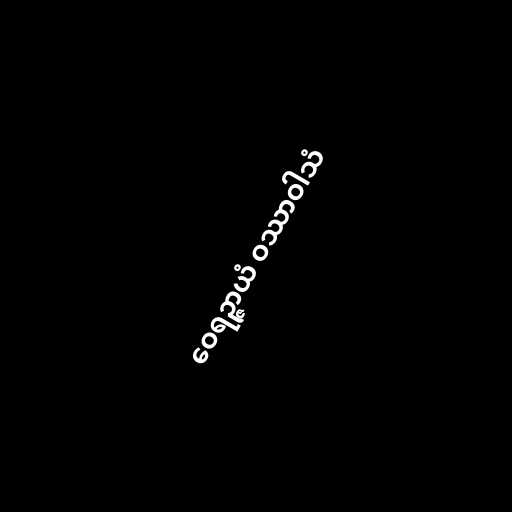
ဝေရဉ္ဇာယံ ဝဿာဝါသံ